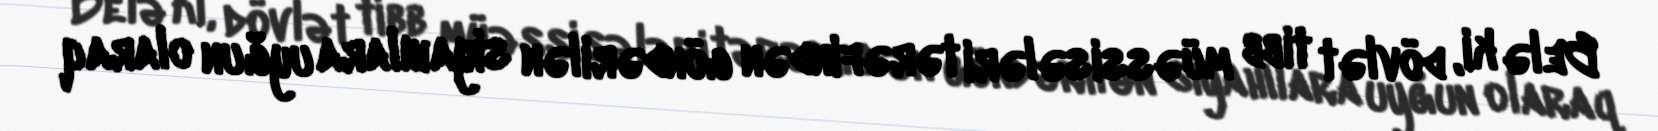
Belə ki, dövlət tibb müəssisələri tərəfindən göndərilən siyahılara uyğun olaraq